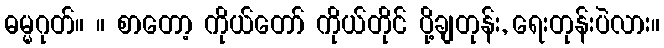
ဓမ္မဂုတ်။ ။ စာတော့ ကိုယ်တော် ကိုယ်တိုင် ပို့ချတုန်း, ရေးတုန်းပဲလား။